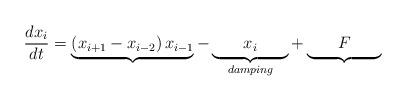
LaTeX: \begin{align*}\frac{dx_i}{dt} = \underbrace{\left(x_{i+1} - x_{i-2}\right)x_{i-1}}_{}-\underbrace{\mathrel{\phantom{\left(x_i\right)}}x_{i}\mathrel{\phantom{\left(x_i\right)}}}_{damping} + \underbrace{\mathrel{\phantom{\left(x_i\right)}}F\mathrel{\phantom{\left(x_i\right)}}}_{}\end{align*}